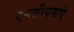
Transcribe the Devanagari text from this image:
एनसीएसऐ